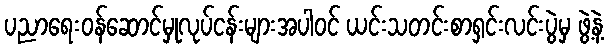
ပညာရေးဝန်ဆောင်မှုလုပ်ငန်းများအပါဝင် ယင်းသတင်းစာရှင်းလင်းပွဲမှ ဖွဲ့နဲ့